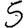
Digit: 5